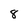
Character: 8